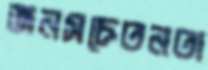
জনসচেতনতা